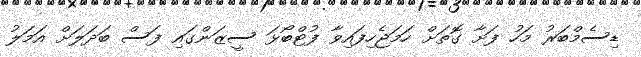
ޑިސެމްބަރު މަހު ފަށާ ގޮތަށް ހަމަޖެހިފައިވާ ފުޓްބޯޅަ ސީޒަންގައި ފަސް ބަދަލަށް އަމަލު